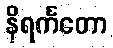
နိရင်္ကတော